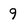
Character: 9